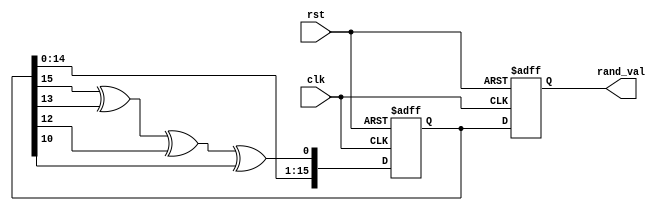
module RandomInitialization (
    input wire clk,        // Clock signal
    input wire rst,        // Asynchronous reset signal
    output reg [15:0] rand_val // Random value output
);

// LFSR parameters
reg [15:0] lfsr; // Internal state of the LFSR
wire lfsr_feedback;

// LFSR feedback calculation for a 16-bit LFSR (using taps at bits 16, 14, 13, and 11)
assign lfsr_feedback = lfsr[15] ^ lfsr[13] ^ lfsr[12] ^ lfsr[10];

always @(posedge clk or posedge rst) begin
    if (rst) begin
        // Reset condition: Set the LFSR to a predefined initial state (non-zero)
        lfsr <= 16'hACE1; // Example seed value
        rand_val <= 16'h0000; // Initialize output
    end else begin
        // Random value generation
        lfsr <= {lfsr[14:0], lfsr_feedback}; // Shift left and insert feedback bit
        rand_val <= lfsr; // Output the current LFSR state as the random value
    end
end

endmodule